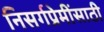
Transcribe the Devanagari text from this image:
निसर्गप्रेमींसाठी